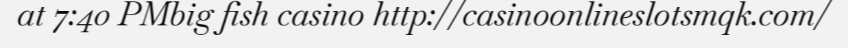
at 7:40 PMbig fish casino http://casinoonlineslotsmqk.com/